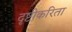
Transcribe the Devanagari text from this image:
दृष्टीकरिता